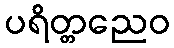
ပရိတ္တညေဝ